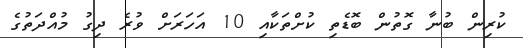
ކުރިން ބުނާ ގޮތުން ބޮޑެތި ކުށްތަކާއި 10 އަހަރަށް ވުރެ ދިގު މުއްދަތުގެ